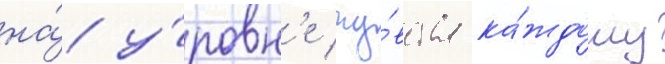
на́ у́ровн'е чу́вства ка́ждому